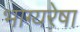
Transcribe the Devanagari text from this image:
भाग्यरेषा